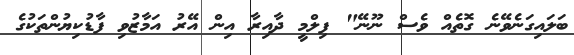
ބަލައިގަނެވޭނެ ގޮތެއް ވެސް ނޫނޭ" ފިލްމީ ދާއިރާ އިން އޭރު އަމާޒުވި ފާޑުކިޔުންތަކުގެ